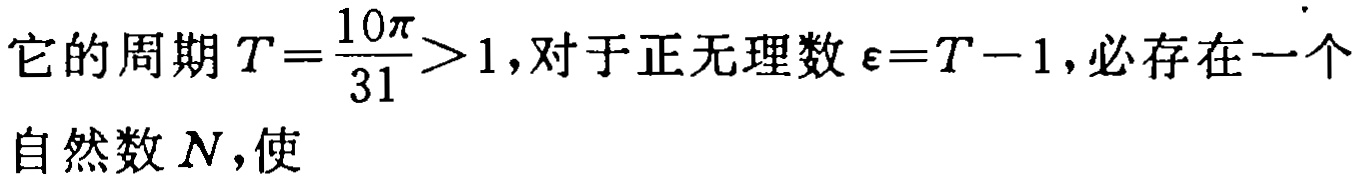
它的周期\(T = \frac{10\pi}{31} > 1\)，对于正无理数\(\varepsilon = T - 1\)，必存在一个自然数\(N\)，使